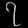
Digit: ၇